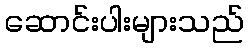
ဆောင်းပါးများသည်